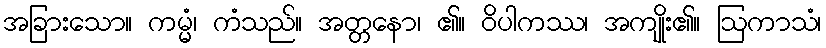
အခြားသော။ ကမ္မံ၊ ကံသည်။ အတ္တနော၊ ၏။ ဝိပါကဿ၊ အကျိုး၏။ ဩကာသံ၊